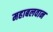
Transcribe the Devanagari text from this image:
महाबलवान